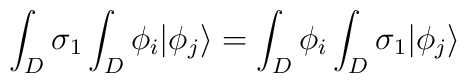
\int_{D} \sigma_{1} \int_{D} \phi_i | \phi_j\rangle = \int_{D} \phi_i \int_{D} \sigma_{1}| \phi_j \rangle \\